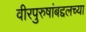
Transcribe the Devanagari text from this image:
वीरपुरुषांबद्दलच्या